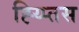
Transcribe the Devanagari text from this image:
ह्य्प्तिस